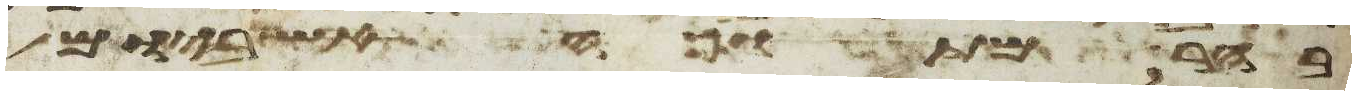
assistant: בהר מתוך האש ביום הקהל